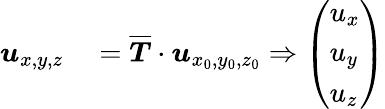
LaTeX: \begin{array}{rl}{\boldsymbol{u}_{x,y,z}}&{{}=\overline{{\boldsymbol{T}}}\cdot\boldsymbol{u}_{x_{0},y_{0},z_{0}}\Rightarrow\left(\begin{array}{l}{u_{x}}\\ {u_{y}}\\ {u_{z}}\end{array}\right)}\end{array}